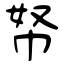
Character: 帑